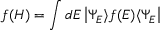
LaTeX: f ( H ) = \int d E \left| \Psi _ { E } \rangle f ( E ) \langle \Psi _ { E } \right|